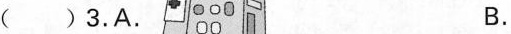
( )3.A. B.